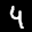
Label: 4